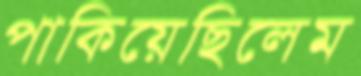
পাকিয়েছিলেম